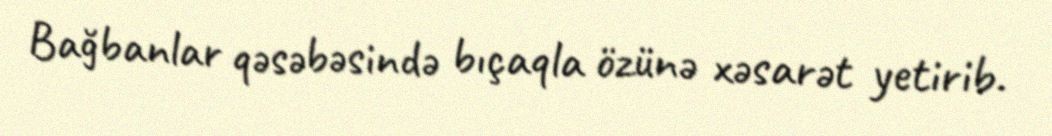
Bağbanlar qəsəbəsində bıçaqla özünə xəsarət yetirib.